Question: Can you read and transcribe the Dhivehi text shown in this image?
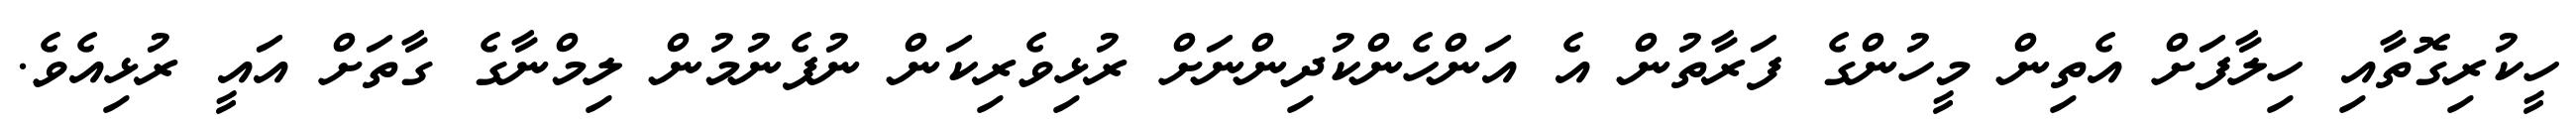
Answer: ހީކުރިގޮތާއި ހިލާފަށް އެތިން މީހުންގެ ފަރާތުން އެ އަންހެންކުދިންނަށް ރުޅިވެރިކަން ނުފެނުމުން ލިމްނާގެ ގާތަށް އައީ ރުޅިއެވެ.